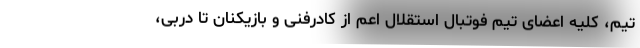
تیم، کلیه اعضای تیم فوتبال استقلال اعم از کادرفنی و بازیکنان تا دربی،